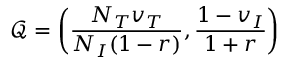
\mathcal { Q } = \left( \frac { N _ { T } v _ { T } } { N _ { I } ( 1 - r ) } , \frac { 1 - v _ { I } } { 1 + r } \right)